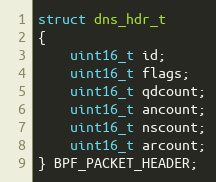
Language: C
struct dns_hdr_t
{
    uint16_t id;
    uint16_t flags;
    uint16_t qdcount;
    uint16_t ancount;
    uint16_t nscount;
    uint16_t arcount;
} BPF_PACKET_HEADER;